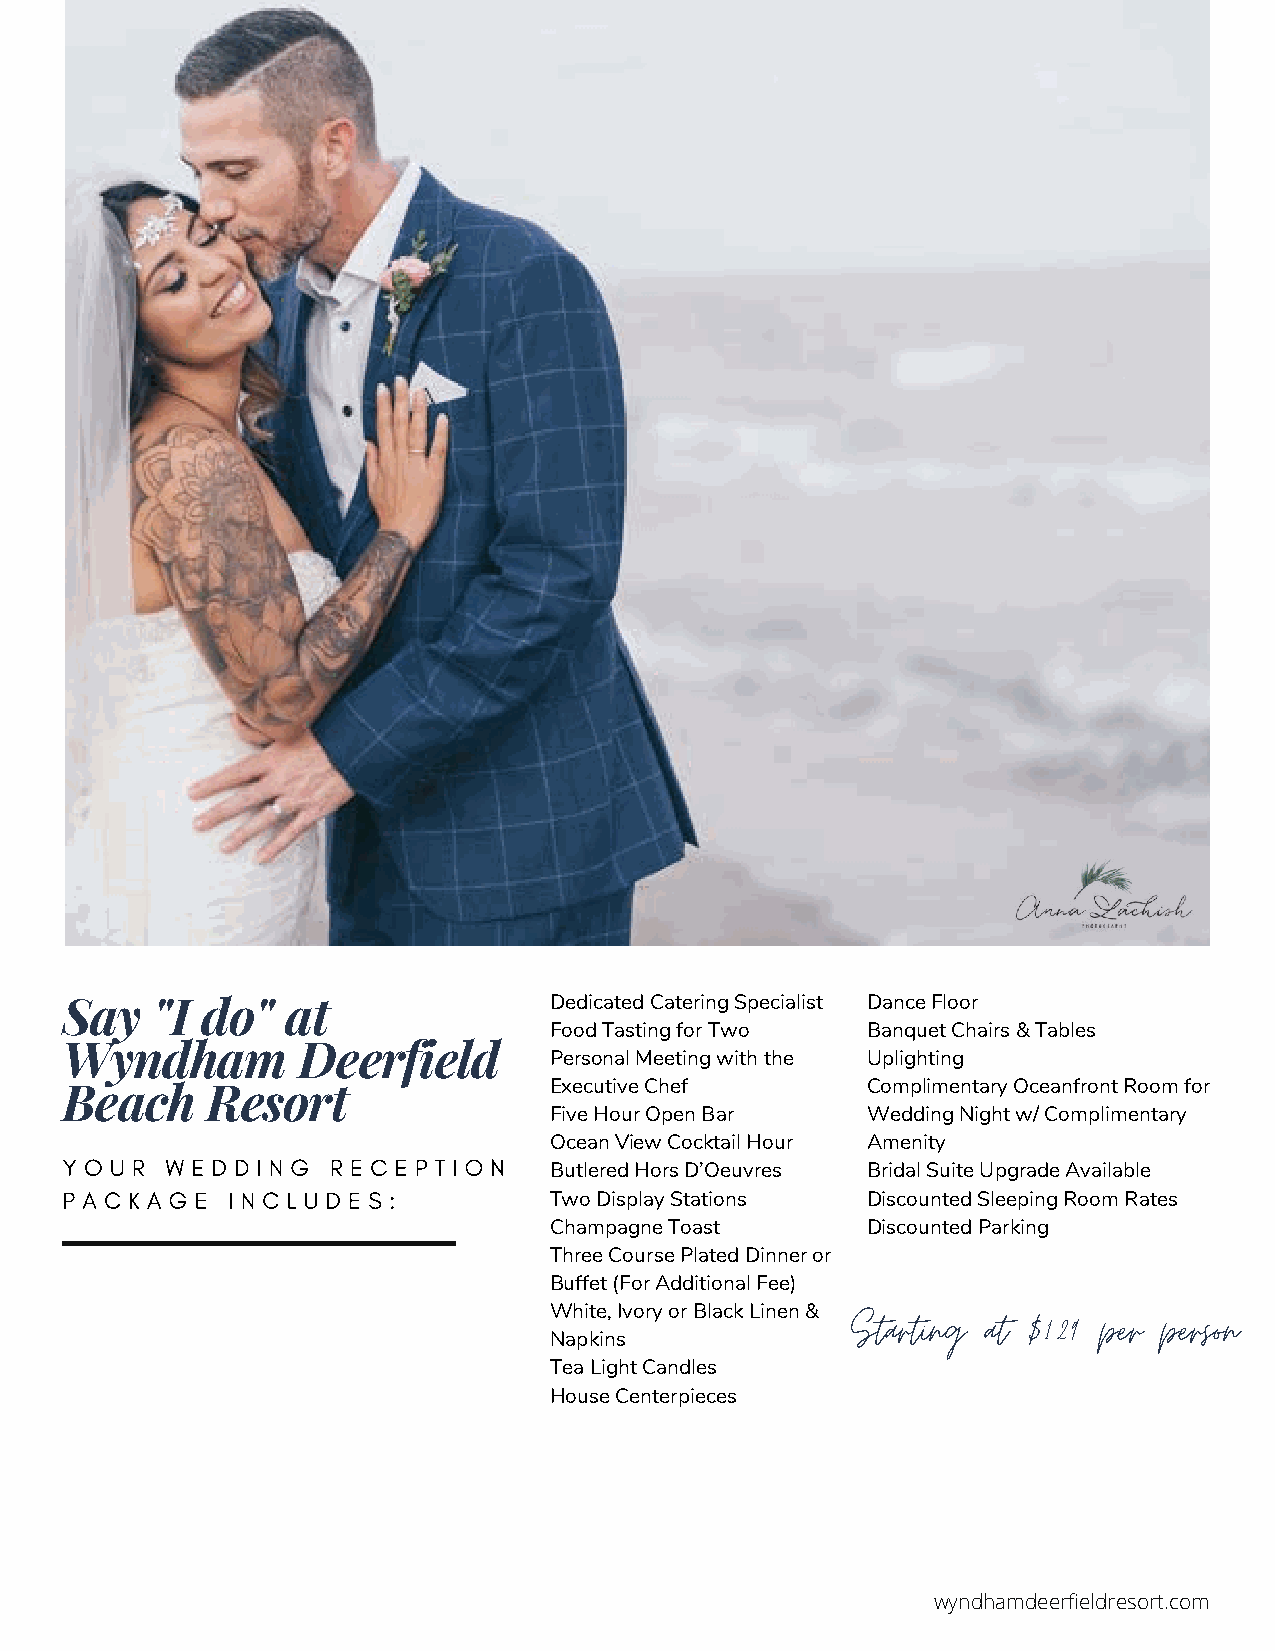
Say   "I do"   at               Dedicated Catering Specialist Dance Floor
 Food Tasting for Two Banquet Chairs & Tables
 Wyndham         Deerfield
 Personal Meeting with the Uplighting
 Beach     Resort                Executive Chef       Complimentary Oceanfront Room for
 Five Hour Open Bar   Wedding Night w/ Complimentary
 Ocean View Cocktail Hour Amenity
 Y O U R W E D D I N G R E C E P T I O N
 Butlered Hors D’Oeuvres Bridal Suite Upgrade Available
 P A C K A G E I N C L U D E S :
 Two Display Stations Discounted Sleeping Room Rates
 Champagne Toast      Discounted Parking
 Three Course Plated Dinner or
 Buffet (For Additional Fee)
 White, Ivory or Black Linen &
 Starting at $129 per person
 Napkins
 Tea Light Candles
 House Centerpieces
 wyndhamdeerfieldresort.com